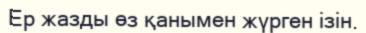
Ер жазды өз қанымен жүрген ізін.